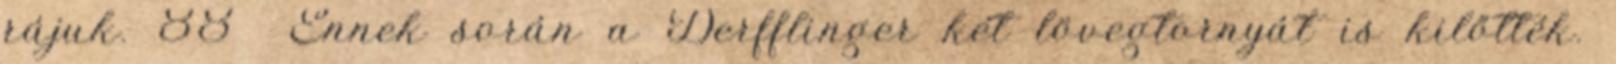
rájuk. 88 Ennek során a Derfflinger két lövegtornyát is kilőtték.